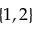
\{ 1 , 2 \}